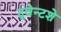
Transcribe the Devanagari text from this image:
ट्वेन्टशे